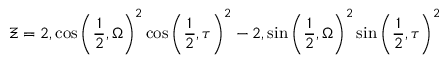
\Xi = 2 , \cos \left( \frac { 1 } { 2 } , { \Omega } \right) ^ { 2 } \cos \left( \frac { 1 } { 2 } , { \tau } \right) ^ { 2 } - 2 , \sin \left( \frac { 1 } { 2 } , { \Omega } \right) ^ { 2 } \sin \left( \frac { 1 } { 2 } , { \tau } \right) ^ { 2 }